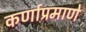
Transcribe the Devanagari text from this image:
कर्णाप्रमाणे